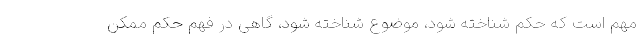
مهم است که حکم شناخته شود، موضوع شناخته شود، گاهی در فهم حکم ممکن